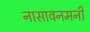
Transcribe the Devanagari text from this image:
नासावनमनी